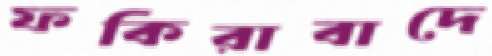
ফকিরাবাদে